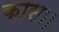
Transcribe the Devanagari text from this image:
कासा।